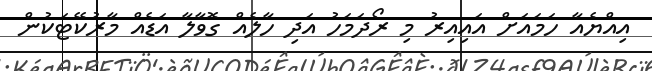
އިއްޔެއާ ހަމައަށް އައިއިރު މި ރޯދަމަހު އަދި ހާލެއް ގޮވާލާ އަޑެއް މާރުކޭޓަކުން